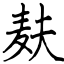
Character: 麸